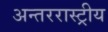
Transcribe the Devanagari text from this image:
अन्तररास्ट्रीय